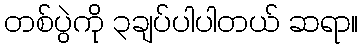
တစ်ပွဲကို ၃ချပ်ပါပါတယ် ဆရာ။